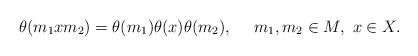
LaTeX: \begin{align*}\theta (m_1xm_2)=\theta(m_1)\theta(x)\theta(m_2),\ \ \ \ m_1,m_2\in M,\ x\in X.\end{align*}